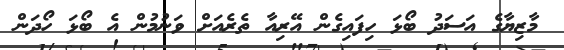
މާޒިޔާގެ އަސަދު ބޯޅަ ހިފައިގެން އޭރިއާ ތެރެއަށް ވަނުމުން އެ ބޯޅަ ހޯދަން